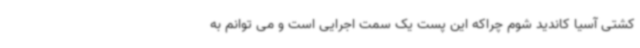
کشتی آسیا کاندید شوم چراکه این پست یک سمت اجرایی است و می توانم به